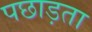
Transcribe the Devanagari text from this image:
पछाड़ता